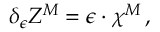
\delta _ { \epsilon } Z ^ { M } = \epsilon \cdot \chi ^ { M } \, ,